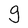
Character: g